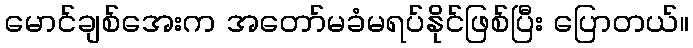
မောင်ချစ်အေးက အတော်မခံမရပ်နိုင်ဖြစ်ပြီး ပြောတယ်။